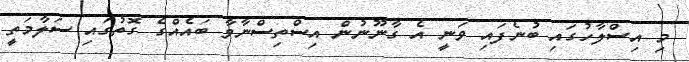
މި އިސްލާހުގައި ބުނެފައި ވަނީ އެ ގާނޫނުން އިސްތިސްނާވާ ބައެއްގެ ގޮތުގައި ސަލާމަތީ